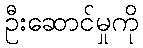
ဦးဆောင်မှုကို